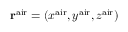
{ \bf r } ^ { \mathrm { a i r } } = ( x ^ { \mathrm { a i r } } , y ^ { \mathrm { a i r } } , z ^ { \mathrm { a i r } } )